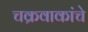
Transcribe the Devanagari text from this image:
चक्रवाकांचे